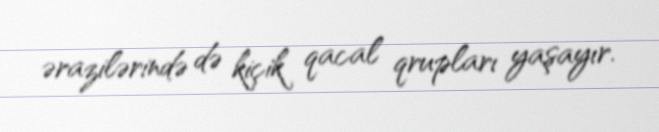
ərazilərində də kiçik qacal qrupları yaşayır.